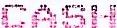
CASH